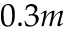
0 . 3 m